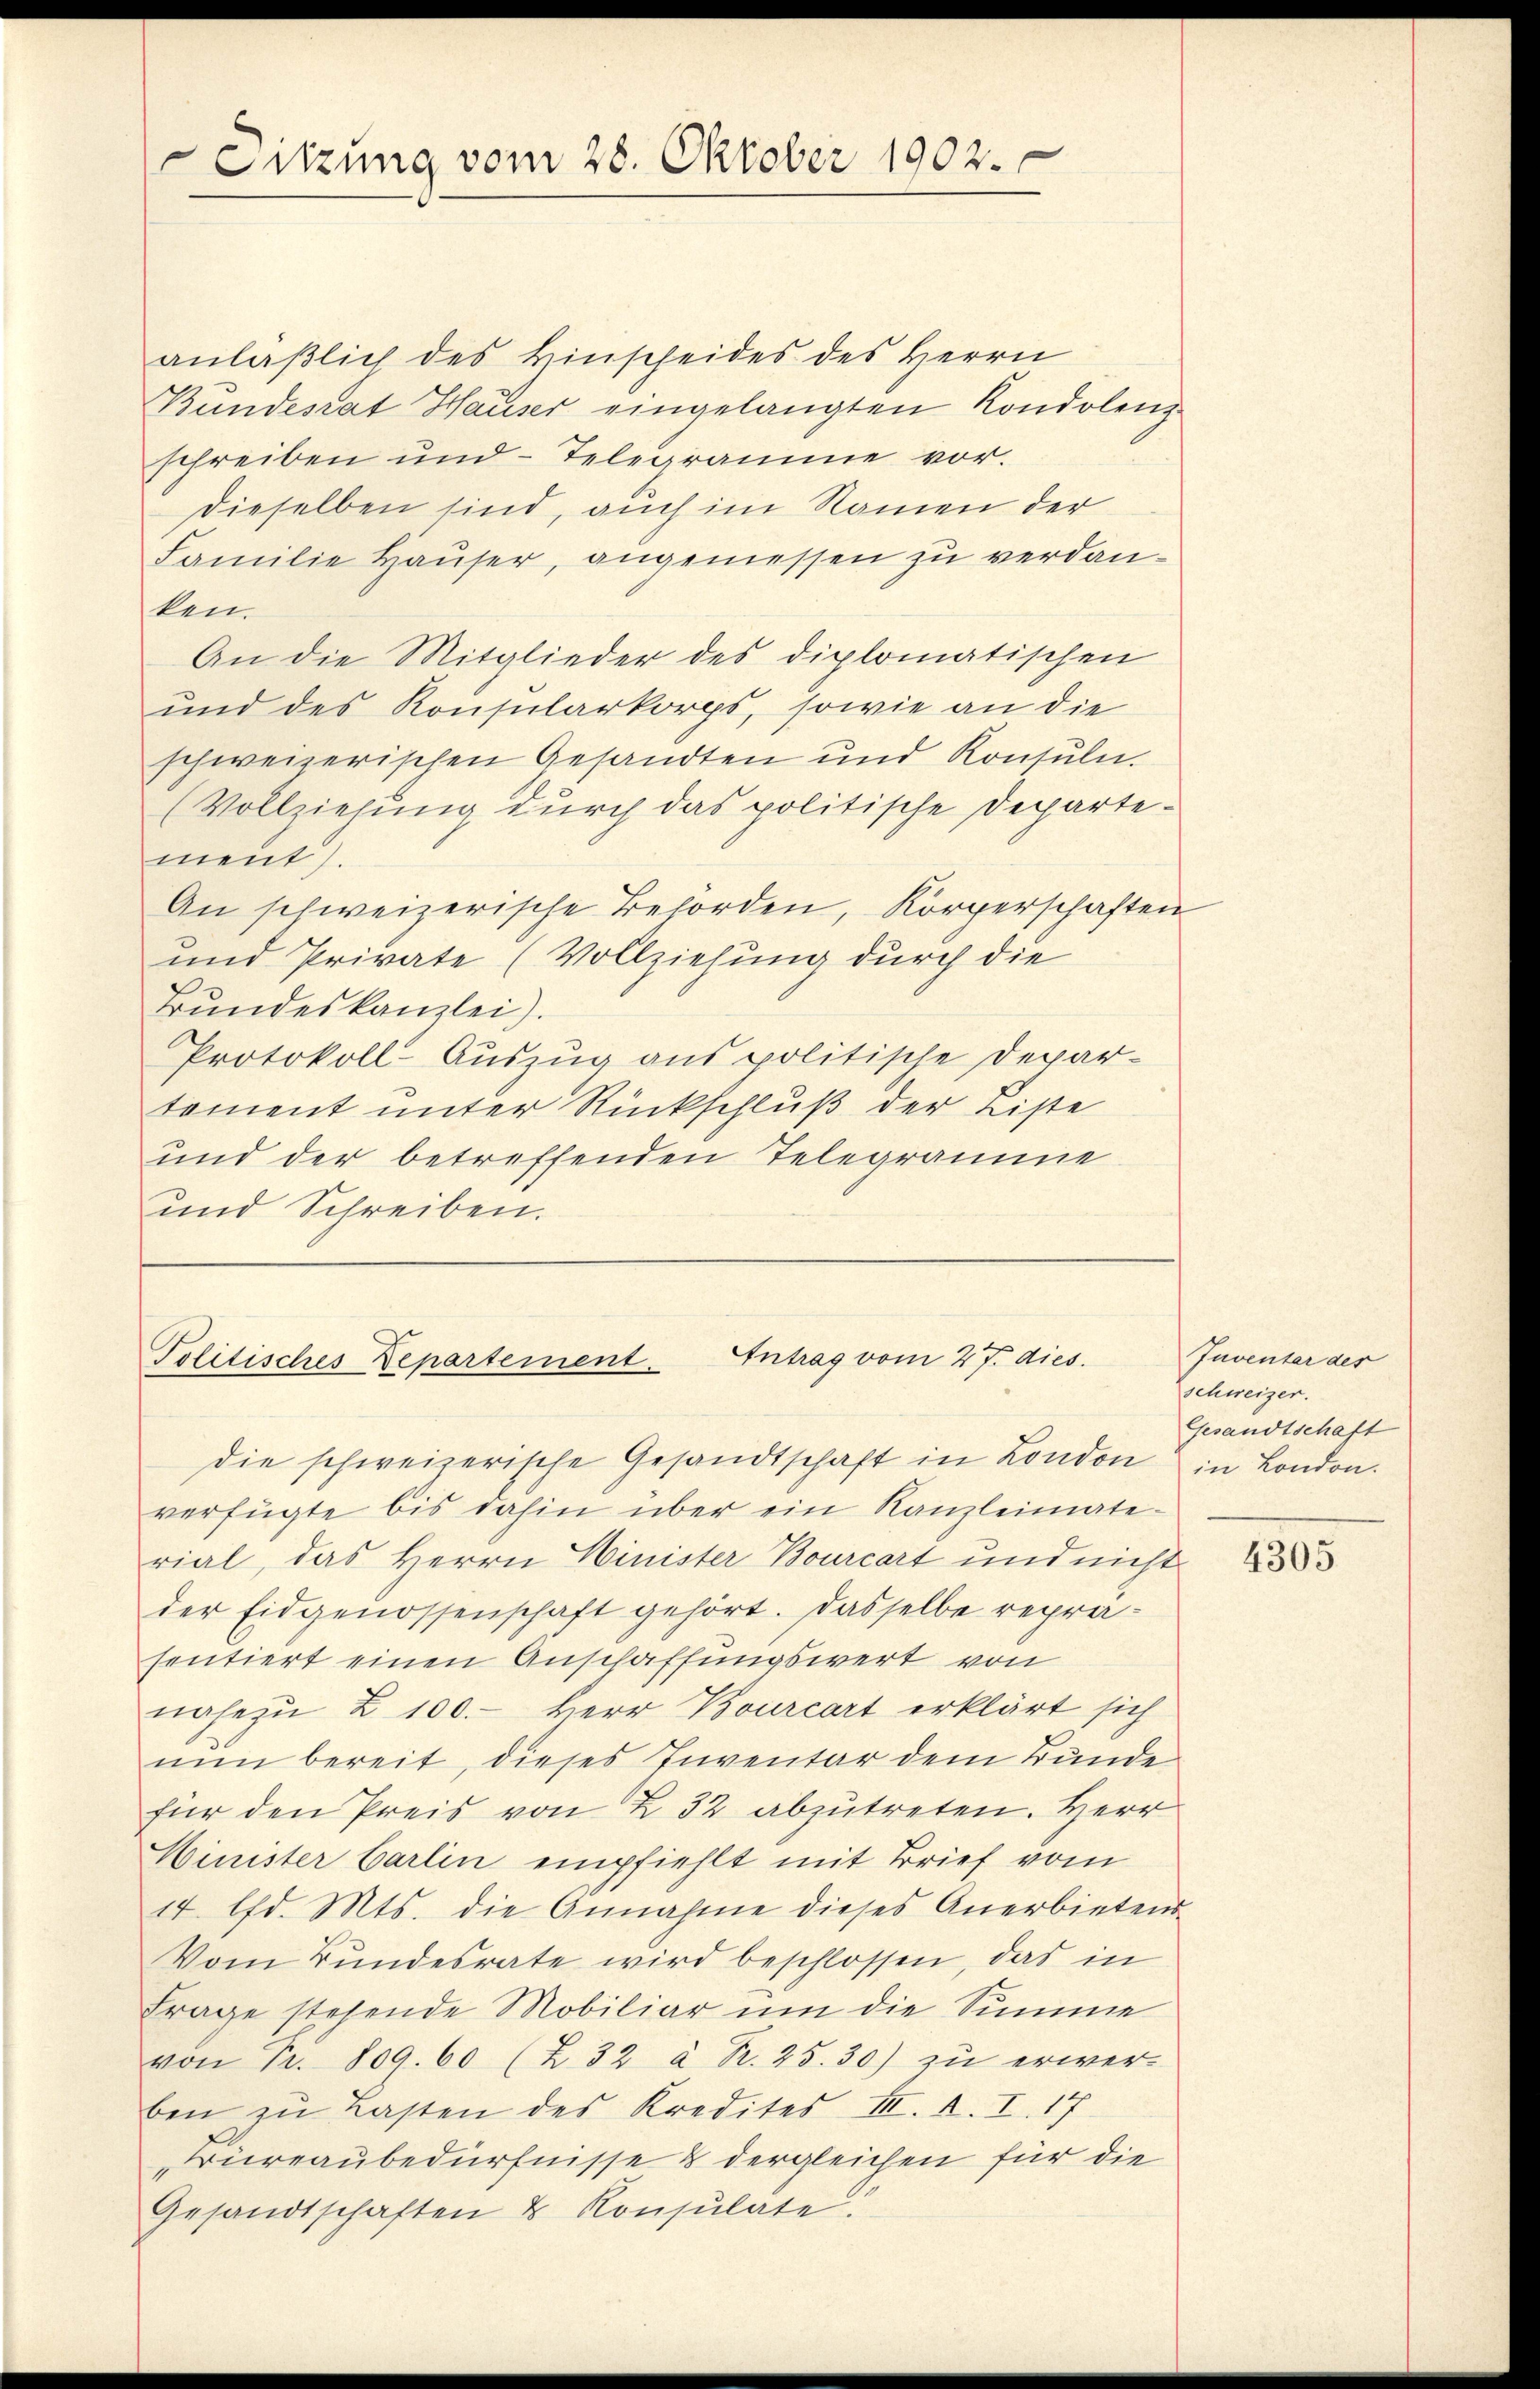
Sitzung vom 28. Oktober 1902.

Politisches Departement. Antrag vom 27. dies
die schweizerische Gesandtschaft in London in London.

anläβlich des Hinscheides des Herrn
Bundesrat Hauser eingelangten Kondolenz
schreiben und Telegramme vor.
dieselben sind, auch im Namen der
Familie Haŭser, angemessen zu verdanken.
An die Mitglieder des diplomatischen
und des Konsularkorps, sowie an die
schweizerischen Gesandten und Konsuln.
(Vollziehung durch das politische Departement).
An schweizerische Behörden, Körperschaften
und Private (Vollziehung durch die
Bundeskanzlei).
Protokoll-Auszug aus politische Depar-
tement unter Rückschluß der Liste
und der betreffenden Telegrame
und Schreiben.

verfügte bis dahin über ein Kanzleimate-
rial, das Herrn Minister Bourcart und nicht
der Eidgenossenschaft gehört. Dasselbe reprasentiert einen Anschaffungswert von
nahezu Z. 100. - Herr Bourcart erklärt sich
nun bereit, dieses Inventar dem Bunde
für den Preis von 2 32 abzutreten. Herr
Minister Carlin empfiehlt mit Brief vom
14. lfd. Mts. die Annahme dieses Anerbietens-
Vom Bundesrate wird beschlossen, das in
Frage stehende Mobiliar um die Summe
von Fr. 809. 60 (232 à R. 25.30) zu erwerben zŭ Lasten des Kredites III. R. I. 17
Büreaubedürfnisse & dergleichen für die
Gesandtschaften & Konsulate:

Inventer der
schweizer.
Gesandtschaft

4305